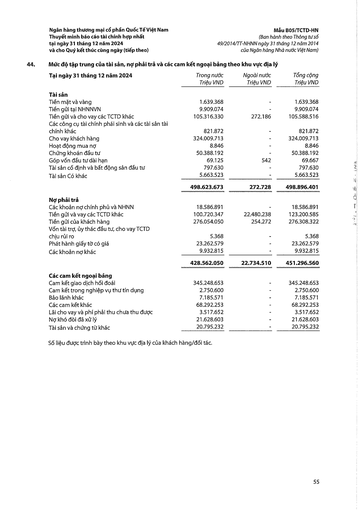
|Tại ngày 31 tháng 12 năm 2024|Trong nước Triệu VND|Ngoài nước Triệu VND|Tổng cộng Triệu VND| |---|---|---|---| |Tài sản|||| |Tiền mặt và vàng|1.639.368|-|1.639.368| |Tiền gửi tại NHNNVN|9.909.074|-|9.909.074| |Tiền gửi và cho vay các TCTD khác|105.316.330|272.186|105.588.516| |Các công cụ tài chính phái sinh và các tài sản tài chính khác|821.872|-|821.872| |Cho vay khách hàng|324.009.713|-|324.009.713| |Hoạt động mua nợ|8.846|-|8.846| |Chứng khoán đầu tư|50.388.192|-|50.388.192| |Góp vốn đầu tư dài hạn|69.125|542|69.667| |Tài sản cố định và bất động sản đầu tư|797.630|-|797.630| |Tài sản có khác|5.663.523|-|5.663.523| ||498.623.673|272.728|498.896.401| |Nợ phải trả|||| |Các khoản nợ chính phủ và NHNN|18.586.891|-|18.586.891| |Tiền gửi và vay các TCTD khác|100.720.347|22.480.238|123.200.585| |Tiền gửi của khách hàng|276.054.050|254.272|276.308.322| |Vốn tài trợ, ủy thác đầu tư, cho vay TCTD|||| |chịu rủi ro|5.368|-|5.368| |Phát hành giấy tờ có giá|23.262.579|-|23.262.579| |Các khoản nợ khác|9.932.815|-|9.932.815| ||428.562.050|22.734.510|451.296.560| |Các cam kết ngoại bảng|||| |Cam kết giao dịch hối đoái|345.248.653|-|345.248.653| |Cam kết trong nghiệp vụ thư tín dụng|2.750.600|-|2.750.600| |Bảo lãnh khác|7.185.571|-|7.185.571| |Các cam kết khác|68.292.253|-|68.292.253| |Lãi cho vay và phí phải thu chưa thu đủ|3.517.652|-|3.517.652| |Nợ khó đòi đã xử lý|21.628.603|-|21.628.603| |Tài sản và chứng từ khác|20.795.232|-|20.795.232|